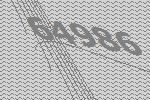
64986